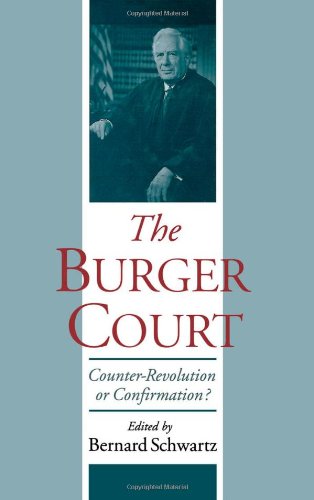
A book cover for The Burger Court: Counter-Revolution or Confirmation?; Law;